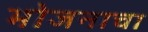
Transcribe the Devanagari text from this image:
भोजनाचा